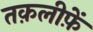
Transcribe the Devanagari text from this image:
तक़लीफ़ें